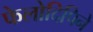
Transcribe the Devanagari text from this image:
फेलोदिपिने